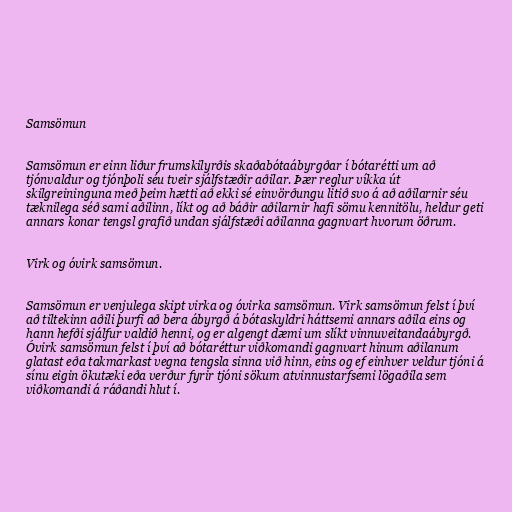
Samsömun

Samsömun er einn liður frumskilyrðis skaðabótaábyrgðar í bótarétti um að
tjónvaldur og tjónþoli séu tveir sjálfstæðir aðilar. Þær reglur víkka út
skilgreininguna með þeim hætti að ekki sé einvörðungu litið svo á að aðilarnir séu
tæknilega séð sami aðilinn, líkt og að báðir aðilarnir hafi sömu kennitölu, heldur geti
annars konar tengsl grafið undan sjálfstæði aðilanna gagnvart hvorum öðrum.

Virk og óvirk samsömun.

Samsömun er venjulega skipt virka og óvirka samsömun. Virk samsömun felst í því
að tiltekinn aðili þurfi að bera ábyrgð á bótaskyldri háttsemi annars aðila eins og
hann hefði sjálfur valdið henni, og er algengt dæmi um slíkt vinnuveitandaábyrgð.
Óvirk samsömun felst í því að bótaréttur viðkomandi gagnvart hinum aðilanum
glatast eða takmarkast vegna tengsla sinna við hinn, eins og ef einhver veldur tjóni á
sínu eigin ökutæki eða verður fyrir tjóni sökum atvinnustarfsemi lögaðila sem
viðkomandi á ráðandi hlut í.